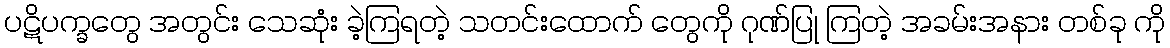
ပဋိပက္ခတွေ အတွင်း သေဆုံး ခဲ့ကြရတဲ့ သတင်းထောက် တွေကို ဂုဏ်ပြု ကြတဲ့ အခမ်းအနား တစ်ခု ကို